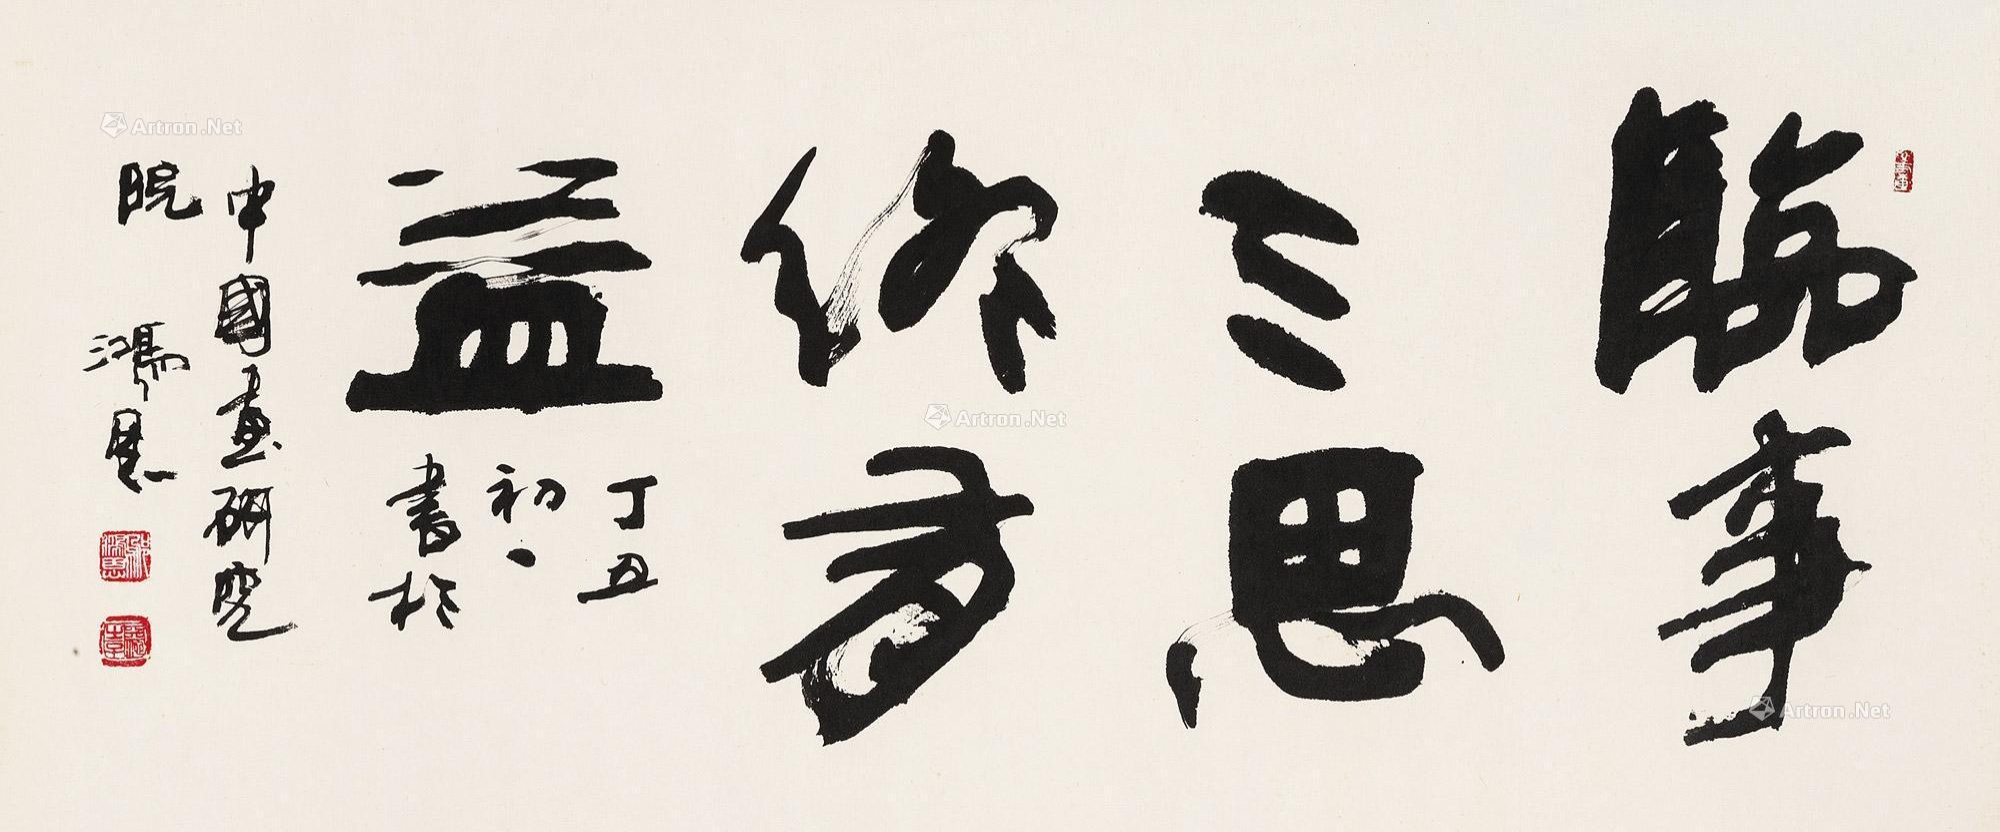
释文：临事三思终为益。丁丑初一书于中国画研究院。鸿恩。